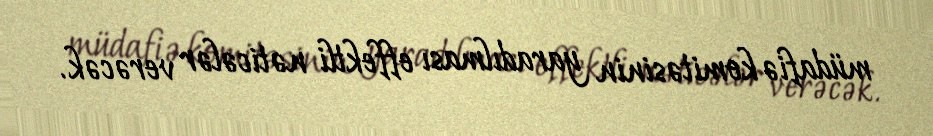
müdafiə komitəsinin yaradılması effektli nəticələr verəcək.